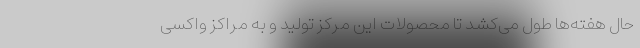
حال هفته‌ها طول می‌کشد تا محصولات این مرکز تولید و به مراکز واکسی